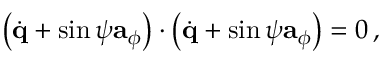
\left( \dot { \bf q } + \sin \psi { \bf a } _ { \phi } \right) \cdot \left( \dot { \bf q } + \sin \psi { \bf a } _ { \phi } \right) = 0 \, ,